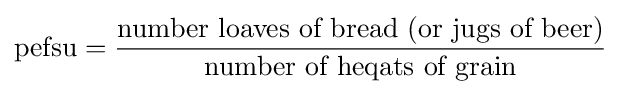
{\mbox{pefsu}}={\frac {\mbox{number loaves of bread (or jugs of beer)}}{\mbox{number of heqats of grain}}}